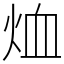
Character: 烅